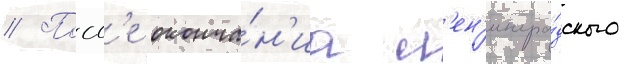
// Посл'е оконча́н'иа л'ен'ингра́дского